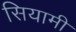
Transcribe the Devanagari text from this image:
सियामी